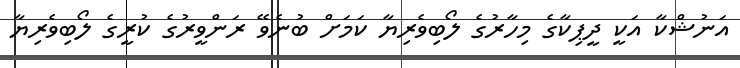
އަނުޝްކާ އަކީ ދީޕިކާގެ މިހާރުގެ ލޯބިވެރިޔާ ކަމަށް ބުނެވޭ ރަންވީރުގެ ކުރީގެ ލޯބިވެރިޔާ